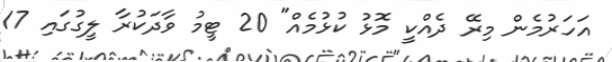
އަހަރުމެން މިރޭ ދެއްކީ މޮޅު ކުޅުމެއް" 20 ޓީމު ވާދަކުރާ ލީގުގައި 17